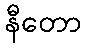
နီတော